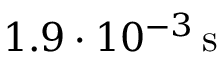
1 . 9 \cdot 1 0 ^ { - 3 } \, \mathrm { s }